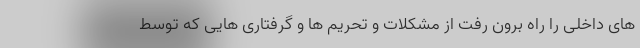
های داخلی را راه برون رفت از مشکلات و تحریم ها و گرفتاری هایی که توسط